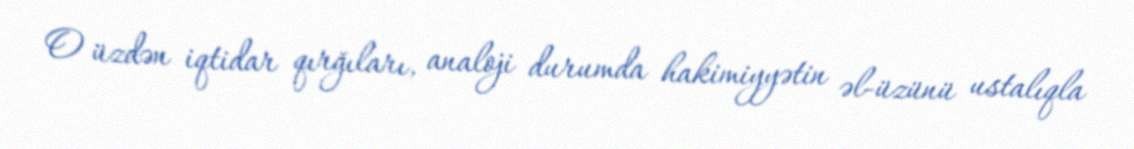
O üzdən iqtidar qırğıları, analoji durumda hakimiyyətin əl-üzünü ustalıqla